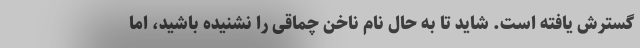
گسترش یافته است. شاید تا به حال نام ناخن چماقی را نشنیده باشید، اما